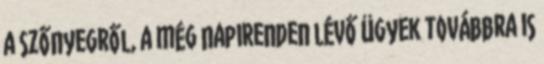
a szőnyegről, a még napirenden lévő ügyek továbbra is